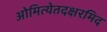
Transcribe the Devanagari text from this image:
ओमित्येतदक्षरमिद